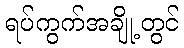
ရပ်ကွက်အချို့တွင်